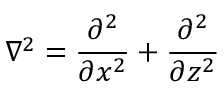
\nabla ^ { 2 } = \frac { \partial ^ { 2 } } { \partial x ^ { 2 } } + \frac { \partial ^ { 2 } } { \partial z ^ { 2 } }